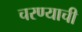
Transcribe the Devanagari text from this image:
चरण्याची